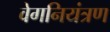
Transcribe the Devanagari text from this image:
वेगनियंत्रण